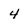
Character: 4